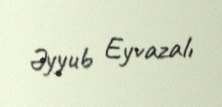
Əyyub Eyvazalı